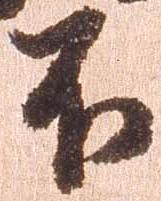
不